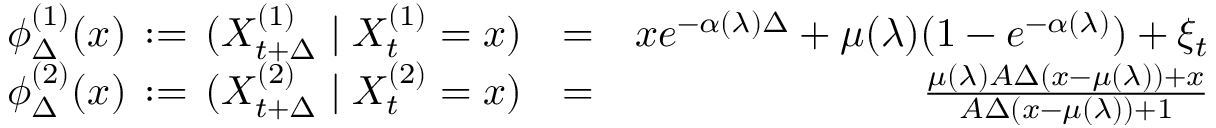
\begin{array} { r l r } { \phi _ { \Delta } ^ { ( 1 ) } ( x ) \, : = \, ( X _ { t + \Delta } ^ { ( 1 ) } \mid X _ { t } ^ { ( 1 ) } = x ) } & { = } & { x e ^ { - \alpha ( \lambda ) \Delta } + \mu ( \lambda ) ( 1 - e ^ { - \alpha ( \lambda ) } ) + \xi _ { t } } \\ { \phi _ { \Delta } ^ { ( 2 ) } ( x ) \, : = \, ( X _ { t + \Delta } ^ { ( 2 ) } \mid X _ { t } ^ { ( 2 ) } = x ) } & { = } & { \frac { \mu ( \lambda ) A \Delta ( x - \mu ( \lambda ) ) + x } { A \Delta ( x - \mu ( \lambda ) ) + 1 } } \end{array}